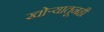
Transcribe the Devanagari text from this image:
खोर्‍यातूनही